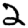
Digit: 2